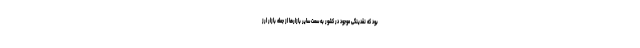
بود که نقدینگی موجود در کشور به سمت سایر بازارها از جمله بازار ارز